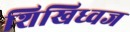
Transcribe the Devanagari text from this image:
शिखिध्वज